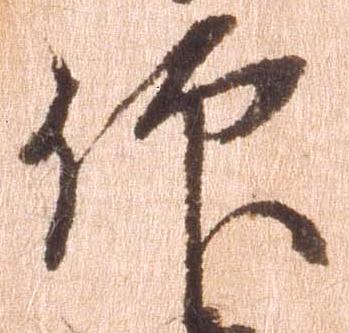
仰